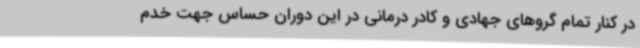
در کنار تمام گروهای جهادی و کادر درمانی در این دوران حساس جهت خدم